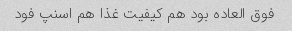
فوق العاده بود هم کیفیت غذا هم اسنپ فود